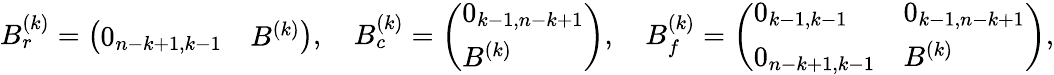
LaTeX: B_{r}^{(k)}=\left(\begin{array}{ll}{0_{n-k+1,k-1}}&{B^{(k)}}\end{array}\right),\quad B_{c}^{(k)}=\left(\begin{array}{l}{0_{k-1,n-k+1}}\\ {B^{(k)}}\end{array}\right),\quad B_{f}^{(k)}=\left(\begin{array}{ll}{0_{k-1,k-1}}&{0_{k-1,n-k+1}}\\ {0_{n-k+1,k-1}}&{B^{(k)}}\end{array}\right),